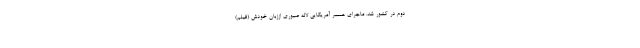
دوم در کشور شد. ماجرای همسر آمریکایی لاله صبوری اززبان خودش (فیلم)